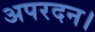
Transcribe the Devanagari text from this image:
अपरदन।